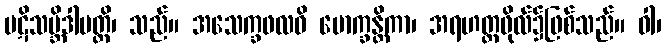
ပဋိသမ္ဘိဒါပတ္တိ၊ သည်။ အသေက္ခဖလဝိ မောက္ခန္တိကာ၊ အရဟတ္တဖိုလ်၌ဖြစ်သည်။ ဝါ၊